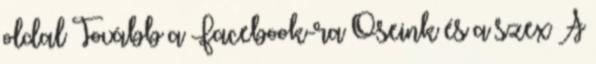
oldal Tovább a Facebook-ra Őseink és a szex A